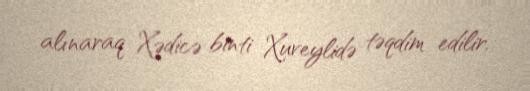
alınaraq Xədicə binti Xuveylidə təqdim edilir.